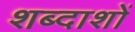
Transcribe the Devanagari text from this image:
शब्दाशों